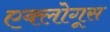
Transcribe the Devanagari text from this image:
एक्लोगूस